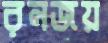
রনজয়